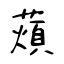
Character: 薠